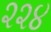
૨૨૪